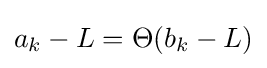
a_{k}-L=\Theta (b_{k}-L)